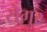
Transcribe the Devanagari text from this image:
सेगुर